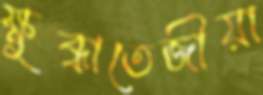
ক্ষুব্ধাতেজীয়া